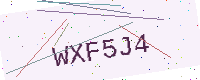
Text: WXF5J4